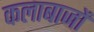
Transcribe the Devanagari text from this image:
कलाबाजों